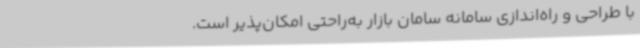
با طراحی و راه‌اندازی سامانه سامان بازار به‌راحتی امکان‌پذیر است.